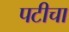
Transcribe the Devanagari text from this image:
पटीचा